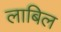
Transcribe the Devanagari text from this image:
लाबिल